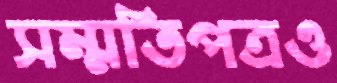
সম্মতিপত্রও